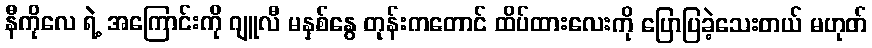
နီကိုလေ ရဲ့ အကြောင်းကို ဂျူလီ မနှစ်နွေ တုန်းကတောင် ထိပ်ထားလေးကို ပြောပြခဲ့သေးတယ် မဟုတ်